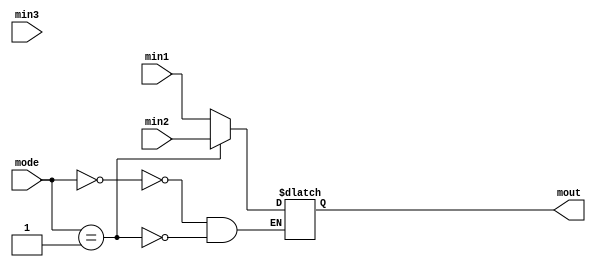
module mux3( min1, min2, min3, mode, mout);

   input [31:0] min1, min2, min3;
   input [1:0] mode;
   output reg [31:0] mout;
	
	always @ (*) begin
	
   case(mode)
   		1'b00: mout <= min1;
   		1'b01: mout <= min2;
   		1'b10: mout <= min3;
   	endcase
	end	

  endmodule